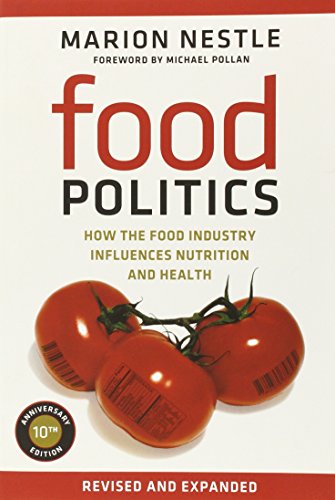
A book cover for Food Politics: How the Food Industry Influences Nutrition and Health (California Studies in Food and Culture); Marion Nestle; Cookbooks, Food & Wine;